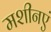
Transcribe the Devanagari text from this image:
मशीनएं